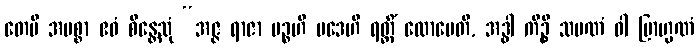
တေပိ အမစ္စာ ဧဝံ စိန္တေသုံ “အဇ္ဇ ရာဇာ ပဉ္စဟိ ပဒေဟိ ရတ္တိံ ထောမေတိ, အဒ္ဓါ ကိဉ္စိ သမဏံ ဝါ ဗြာဟ္မဏံ